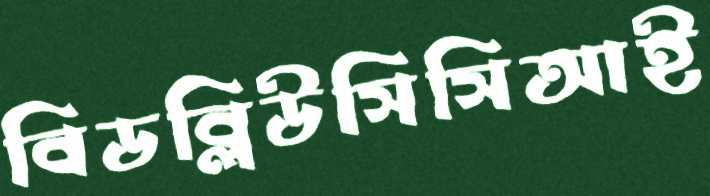
বিডব্লিউসিসিআই